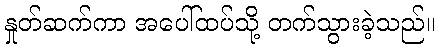
နှုတ်ဆက်ကာ အပေါ်ထပ်သို့ တက်သွားခဲ့သည်။